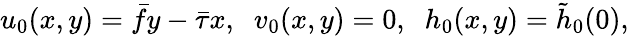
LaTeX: u_{0}(x,y)=\bar{f}y-\bar{\tau}x,\; \; v_{0}(x,y)=0,\; \; h_{0}(x,y)=\tilde{h}_{0}(0),